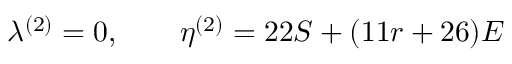
\lambda ^ { ( 2 ) } = 0 , \qquad \eta ^ { ( 2 ) } = 2 2 S + ( 1 1 r + 2 6 ) { \cal { E } }